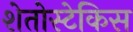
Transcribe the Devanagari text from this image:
शेतोस्टेकिस